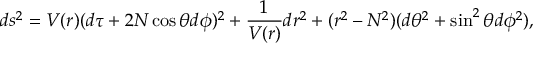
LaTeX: d s ^ { 2 } = V ( r ) ( d \tau + 2 N \cos \theta d \phi ) ^ { 2 } + \frac { 1 } { V ( r ) } d r ^ { 2 } + ( r ^ { 2 } - N ^ { 2 } ) ( d \theta ^ { 2 } + \sin ^ { 2 } \theta d \phi ^ { 2 } ) ,